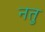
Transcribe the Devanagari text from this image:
नतु